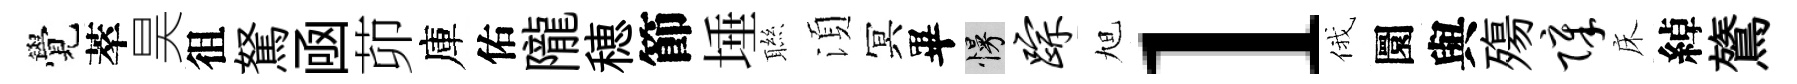
覺萃昊徂駑凾茆庫佑隴穂節埵聮湏冥畢慢踪旭l俄圜與殤障床綽鷟